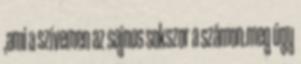
,ami a szívemen az sajnos sokszor a számon.meg úgy